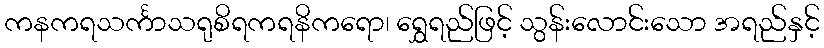
ကနကရသင်္ကာသရုစိရကရနိကရော၊ ရွှေရည်ဖြင့် သွန်းလောင်းသော အရည်နှင့်